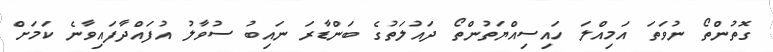
ގޮތުންތޯ ނުވަތަ އަމިއްލަ ހައިސިއްޔަތުންތޯ ދައުލަތުގެ ބަންޑާރަ ނައިބު ސުވާލު އުފައްދާފައިވާނެ ކަމަށް